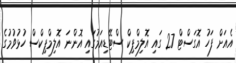
އެއަށް ފަހު އޮގަސްޓް 27 ގައި އޮލިމްޕިކް ސްޓޭޑިއަމުގައި އޮންނަ އޮލިމްޕިކްސް ހުޅުވުމުގެ